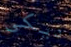
ديكي